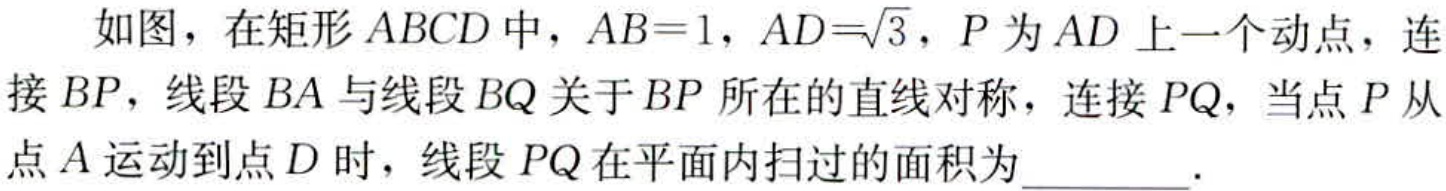
如图，在矩形\(ABCD\)中，\(AB = 1\)，\(AD=\sqrt{3}\)，\(P\)为\(AD\)上一个动点，连接\(BP\)，线段\(BA\)与线段\(BQ\)关于\(BP\)所在的直线对称，连接\(PQ\)，当点\(P\)从点\(A\)运动到点\(D\)时，线段\(PQ\)在平面内扫过的面积为  ．